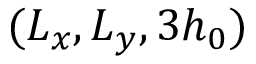
( L _ { x } , L _ { y } , 3 h _ { 0 } )